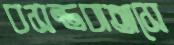
বসন্তবাতাসে